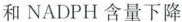
和NADPH含量下降